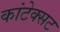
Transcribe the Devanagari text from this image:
कांटेक्सट